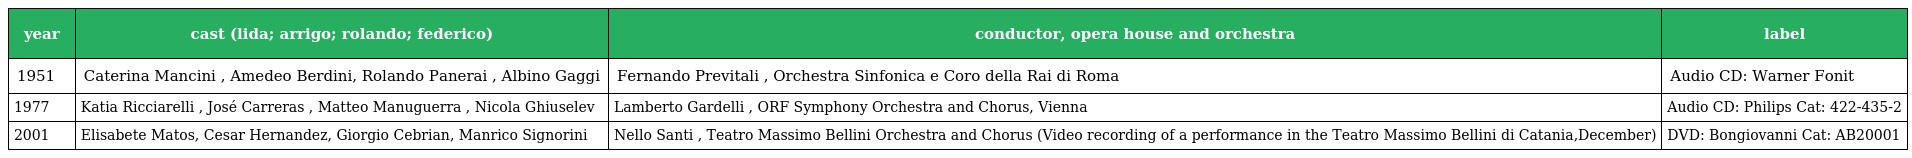
| year | cast (lida; arrigo; rolando; federico) | conductor, opera house and orchestra | label |
 | --- | --- | --- | --- |
 | 1951 | Caterina Mancini , Amedeo Berdini, Rolando Panerai , Albino Gaggi | Fernando Previtali , Orchestra Sinfonica e Coro della Rai di Roma | Audio CD: Warner Fonit |
 | 1977 | Katia Ricciarelli , José Carreras , Matteo Manuguerra , Nicola Ghiuselev | Lamberto Gardelli , ORF Symphony Orchestra and Chorus, Vienna | Audio CD: Philips Cat: 422-435-2 |
 | 2001 | Elisabete Matos, Cesar Hernandez, Giorgio Cebrian, Manrico Signorini | Nello Santi , Teatro Massimo Bellini Orchestra and Chorus (Video recording of a performance in the Teatro Massimo Bellini di Catania,December) | DVD: Bongiovanni Cat: AB20001 |